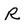
Character: R